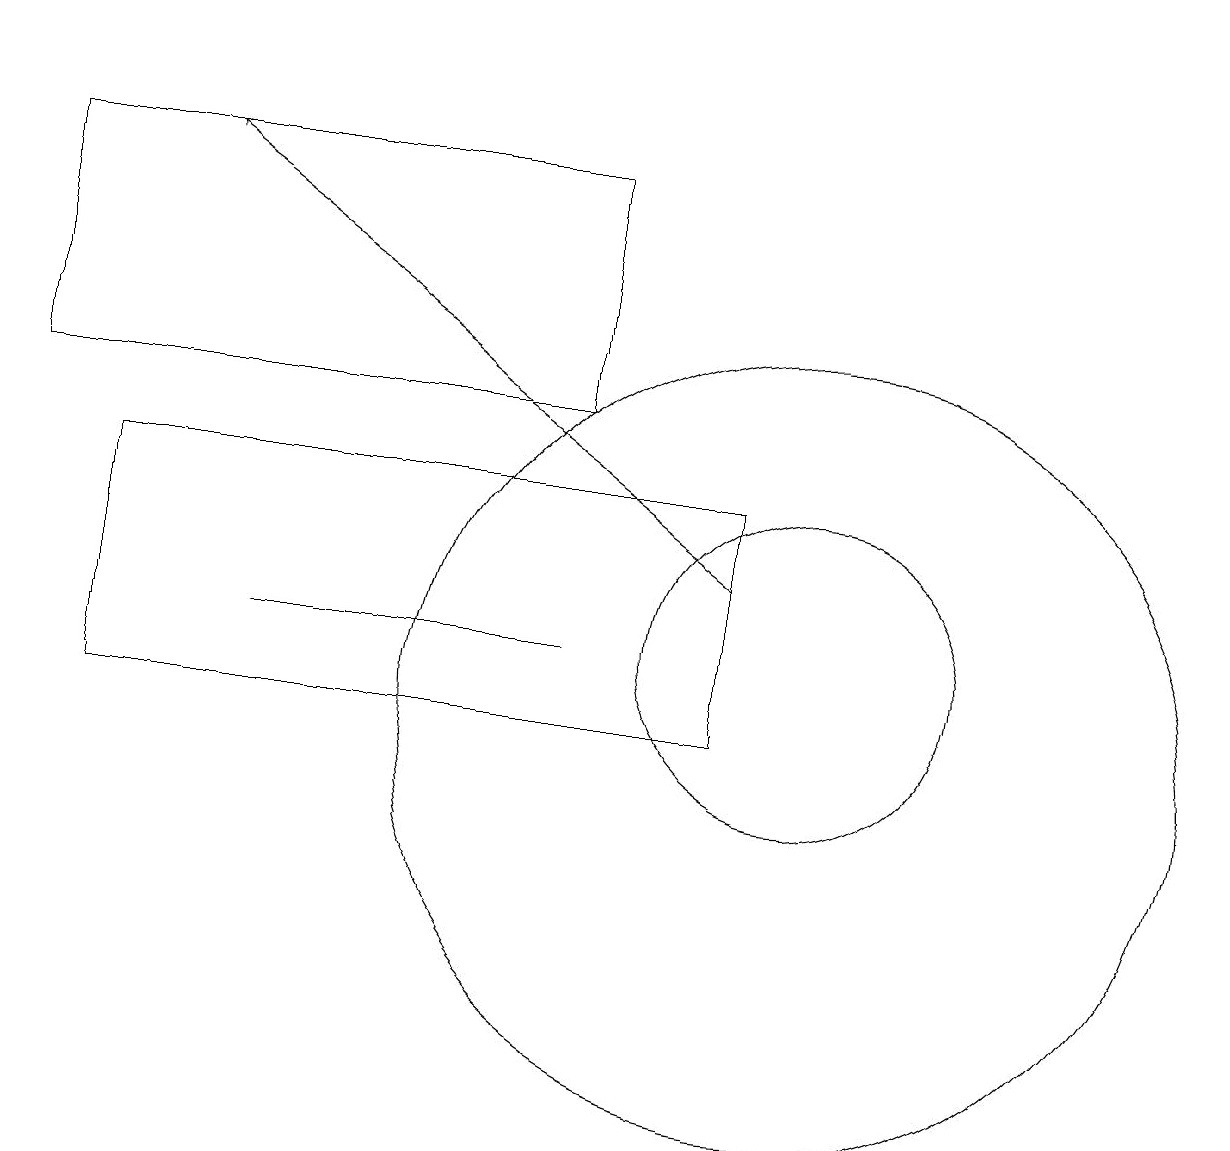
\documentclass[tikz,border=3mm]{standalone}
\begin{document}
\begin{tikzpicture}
\draw (10,10) circle (5);
\draw (0,17) rectangle (7,14);
\draw[->] (9,12) -- (2,17);
\draw (10,11) circle (2);
\draw (3,11) rectangle (7,11);
\draw[->] (0,19) -- (0,19);
\draw (1,13) rectangle (9,10);
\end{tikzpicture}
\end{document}